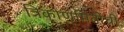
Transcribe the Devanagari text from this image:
त्रिकोणमितींची